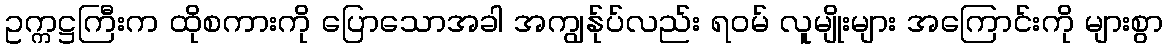
ဥက္ကဋ္ဌကြီးက ထိုစကားကို ပြောသောအခါ အကျွန်ုပ်လည်း ရဝမ် လူမျိုးများ အကြောင်းကို များစွာ